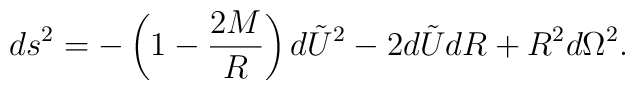
ds^2 = -\left(1 - \frac{2M}{R}\right)d\tilde{U}^2    - 2d\tilde{U}dR + R^2d\Omega^2.